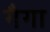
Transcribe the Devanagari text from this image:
गैगा